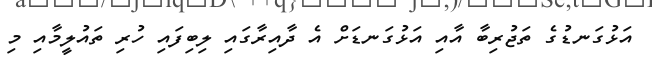
އަޅުގަނޑުގެ ތަޖުރިބާ އާއި އަޅުގަނޑަށް އެ ދާއިރާގައި ލިބިފައި ހުރި ތައުލީމާއި މި